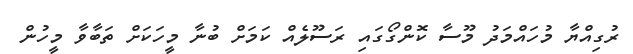
ރުގިއްޔާ މުހައްމަދު މޫސާ ކޮންގޯގައި ރަސޫލެއް ކަމަށް ބުނާ މީހަކަށް ތަބާވާ މީހުން